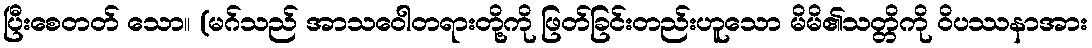
ပြီးစေတတ် သော။ (မဂ်သည် အာသဝေါတရားတို့ကို ဖြတ်ခြင်းတည်းဟူသော မိမိ၏သတ္တိကို ဝိပဿနာအား